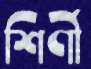
শির্ণী